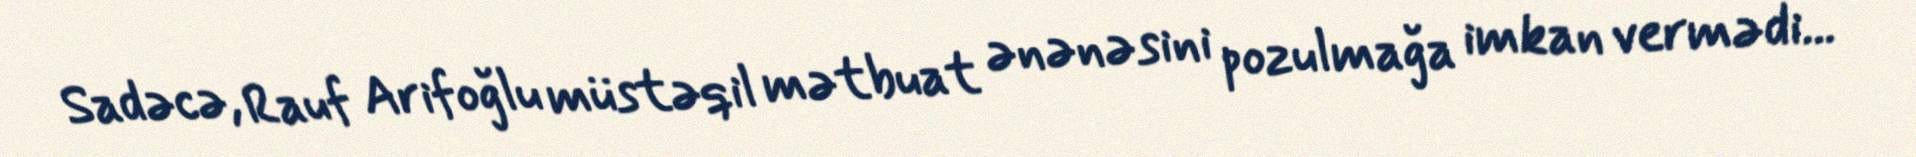
Sadəcə, Rauf Arifoğlu müstəqil mətbuat ənənəsini pozulmağa imkan vermədi...